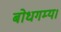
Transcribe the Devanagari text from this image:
बोधगम्य।